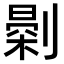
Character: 𠟘